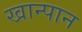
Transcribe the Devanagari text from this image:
खान्पान